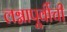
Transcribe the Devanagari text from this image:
लग्नापूर्वीची